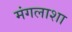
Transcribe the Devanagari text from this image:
मंगलाशा